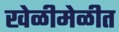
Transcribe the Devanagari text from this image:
खेळीमेळीत